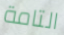
التامة